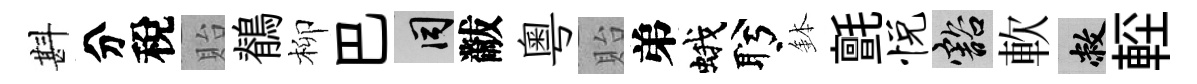
斟分稅貽鶺柳巴间黻粤貽弟蛾盻鉢氈悦豁軟敝䡖